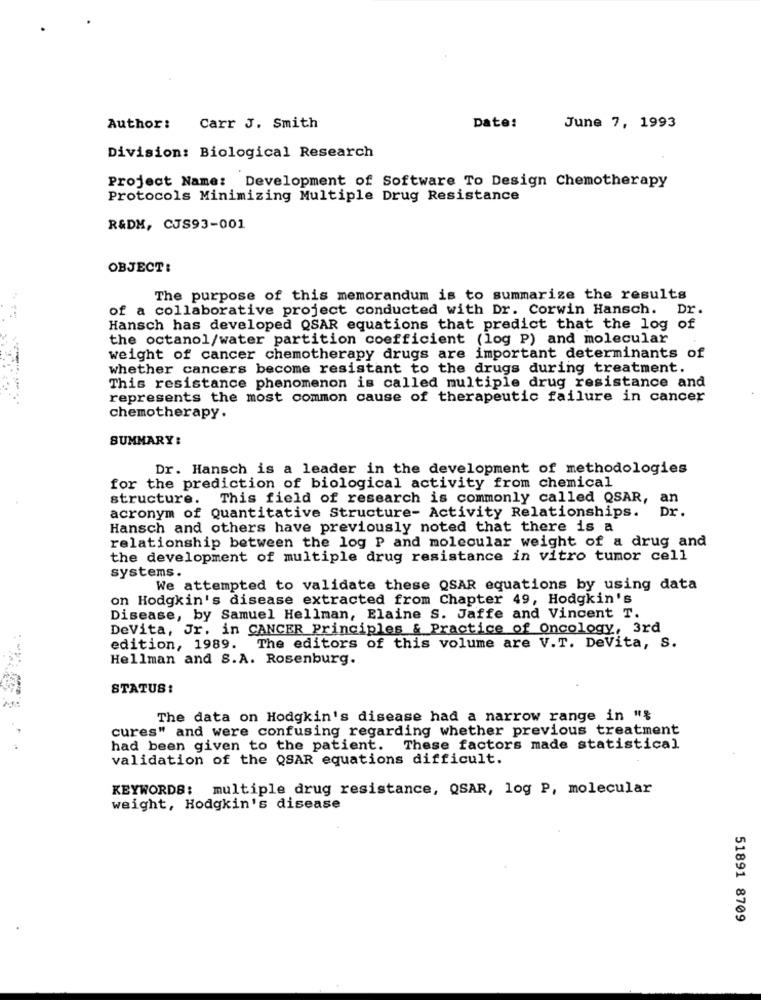
June 7, 1993
Author:
Carr J. Smith
Date:
Division: Biological Research
Project Name: Development of Software To Design Chemotherapy
Protocols Minimizing Multiple Drug Resistance
R&DM, CJS93-001
OBJECT :
The purpose of this memorandum is to summarize the results
of a collaborative project conducted with Dr. Corwin Hansch. Dr.
Hansch has developed QSAR equations that predict that the log of
the octanol/water partition coefficient (log P) and molecular
weight of cancer chemotherapy drugs are important determinants of
whether cancers become resistant to the drugs during treatment.
This resistance phenomenon is called multiple drug resistance and
represents the most common cause of therapeutic failure in cancer
chemotherapy.
SUMMARY:
Dr. Hansch is a leader in the development of methodologies
for the prediction of biological activity from chemical
structure. This field of research is commonly called QSAR, an
Dr.
acronym of Quantitative Structure- Activity Relationships.
Hansch and others have previously noted that there is a
relationship between the log P and molecular weight of a drug and
the development of multiple drug resistance in vitro tumor cell
systems.
We attempted to validate these QSAR equations by using data
on Hodgkin's disease extracted from Chapter 49, Hodgkin's
Disease, by Samuel Hellman, Elaine S. Jaffe and Vincent T.
DeVita, Jr. in CANCER Principles & Practice of Oncology, 3rd
edition, 1989. The editors of this volume are V.T. DeVita, S.
Hellman and S.A. Rosenburg.
STATUS:
The data on Hodgkin's disease had a narrow range in "%
cures" and were confusing regarding whether previous treatment
had been given to the patient. These factors made statistical
validation of the QSAR equations difficult.
KEYWORDS: multiple drug resistance, QSAR, log P, molecular
weight, Hodgkin's disease
51891 8709